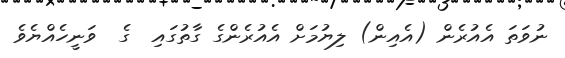
ނުވަތަ އެއުރެން (އެއިން) ލިޔުމަށް އެއުރެންގެ ގާތުގައި  ގެ  ވަނީހެއްޔެވެ